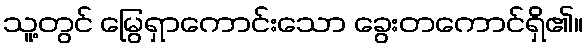
သူ့တွင် မြွေရှာကောင်းသော ခွေးတကောင်ရှိ၏။